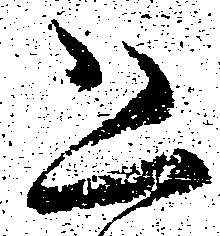
恐